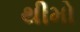
થીમો